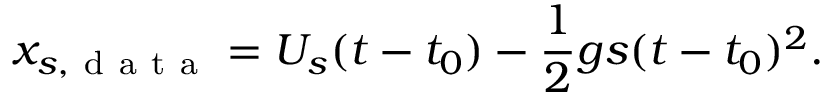
x _ { s , \mathrm { ~ d ~ a ~ t ~ a ~ } } = U _ { s } ( t - t _ { 0 } ) - \frac { 1 } { 2 } g s ( t - t _ { 0 } ) ^ { 2 } .